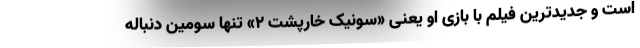
است و جدیدترین فیلم با بازی او یعنی «سونیک خارپشت ۲» تنها سومین دنباله